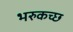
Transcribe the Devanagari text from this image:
भरुकच्छ